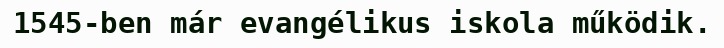
1545-ben már evangélikus iskola működik.